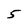
Character: 5